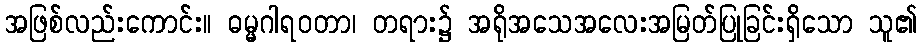
အဖြစ်လည်းကောင်း။ ဓမ္မဂါရဝတာ၊ တရား၌ အရိုအသေအလေးအမြတ်ပြုခြင်းရှိသော သူ၏